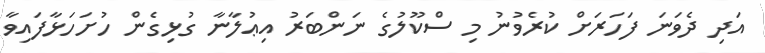
އަދި ދެވަނަ ފަހަރަށް ކުރެވުނު މި ސްކޫލުގެ ނަންބަރު އިޢުލާނާ ގުޅިގެން ހުށަހަޅާފައިވާ